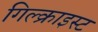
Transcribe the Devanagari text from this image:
गिल्क्राइस्ट